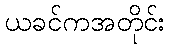
ယခင်ကအတိုင်း